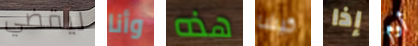
ليقضي وأنا هذه كيشا إذا أوم